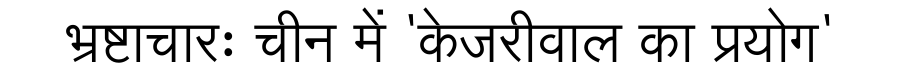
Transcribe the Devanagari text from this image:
भ्रष्टाचारः चीन में 'केजरीवाल का प्रयोग'